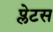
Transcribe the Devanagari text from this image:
प्लेटस